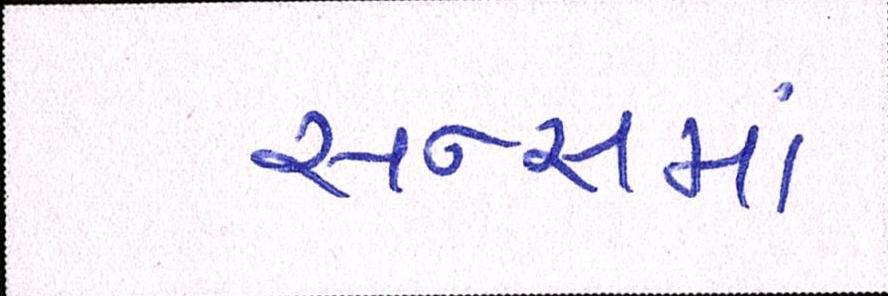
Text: સન્સમાં